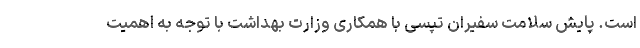
است. پایش سلامت سفیران تپسی با همکاری وزارت بهداشت با توجه به اهمیت